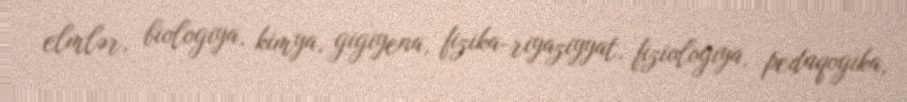
elmlər, biologiya, kimya, gigiyena, fizika-riyaziyyat, fiziologiya, pedaqogika,